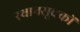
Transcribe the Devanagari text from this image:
स्थानसूचकों